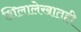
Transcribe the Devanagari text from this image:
शिलालेखातही